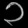
Digit: ၁